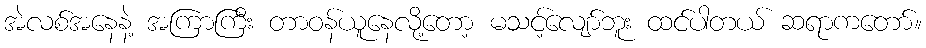
အဲလစ်အနေနဲ့ အကြာကြီး တာဝန်ယူနေလို့တော့ မသင့်လျော်ဘူး ထင်ပါတယ် ဆရာကတော်။